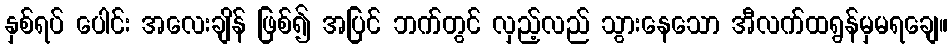
နှစ်ရပ် ပေါင်း အလေးချိန် ဖြစ်၍ အပြင် ဘက်တွင် လှည့်လည် သွားနေသော အီလက်ထရွန်မှမရချေ။